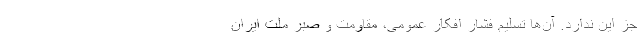
جز این ندارد. آن‌ها تسلیم فشار افکار عمومی، مقاومت و صبر ملّت ایران